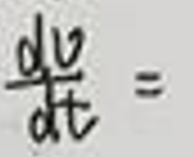
$\frac{du}{dt} =$